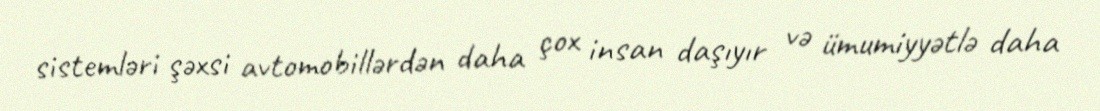
sistemləri şəxsi avtomobillərdən daha çox insan daşıyır və ümumiyyətlə daha